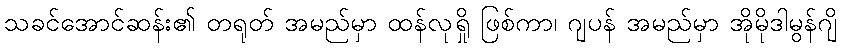
သခင်အောင်ဆန်း၏ တရုတ် အမည်မှာ ထန်လုရှို ဖြစ်ကာ၊ ဂျပန် အမည်မှာ အိုမိုဒါမွန်ဂျိ